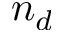
n _ { d }